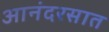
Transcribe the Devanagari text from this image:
आनंदरसात